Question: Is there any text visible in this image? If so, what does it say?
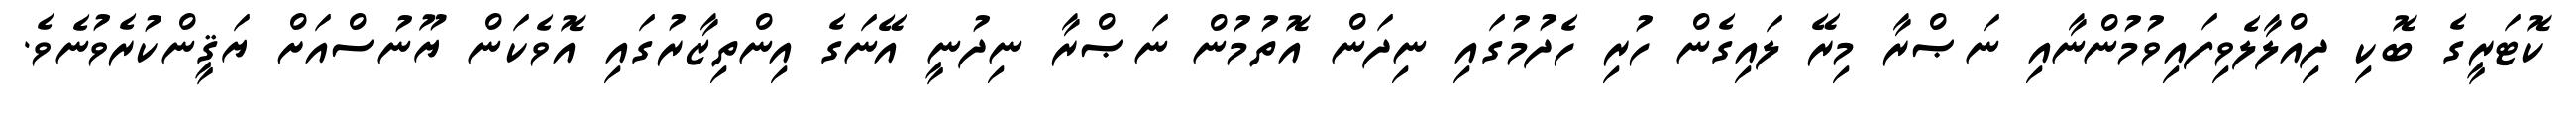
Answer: ކޮޓަރީގެ ބޮކި ދިއްލާލެވިފައިވުމުންނާއި ނަޞްރާ މިރޭ ލައިގެން ހުރި ހެދުމުގައި ނިދަން އޮތުމުން ނަޞްރާ ނިދުނީ އޭނަގެ އިންތިޒާރުގައި އޮވެކަން ޔޫނުސްއަށް ޔަޤީންކުރެވުނެވެ.